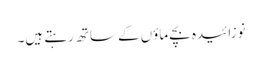
نوزائیدہ بچے ماؤں کے ساتھ رہتے ہیں۔